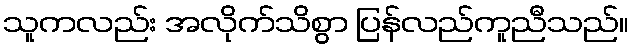
သူကလည်း အလိုက်သိစွာ ပြန်လည်ကူညီသည်။